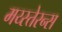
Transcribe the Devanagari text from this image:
मय्स्तेरन्स